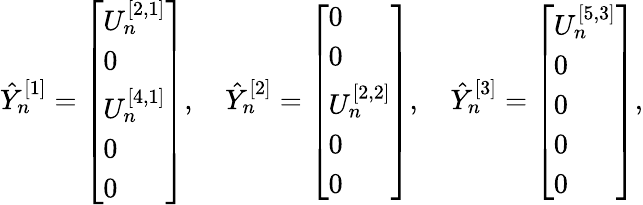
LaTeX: \begin{array}{r}{\hat{Y}_{n}^{[1]}=\left[\begin{array}{l}{U_{n}^{[2,1]}}\\ {0}\\ {U_{n}^{[4,1]}}\\ {0}\\ {0}\end{array}\right],\quad\hat{Y}_{n}^{[2]}=\left[\begin{array}{l}{0}\\ {0}\\ {U_{n}^{[2,2]}}\\ {0}\\ {0}\end{array}\right],\quad\hat{Y}_{n}^{[3]}=\left[\begin{array}{l}{U_{n}^{[5,3]}}\\ {0}\\ {0}\\ {0}\\ {0}\end{array}\right],}\end{array}